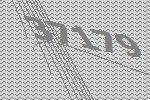
37179